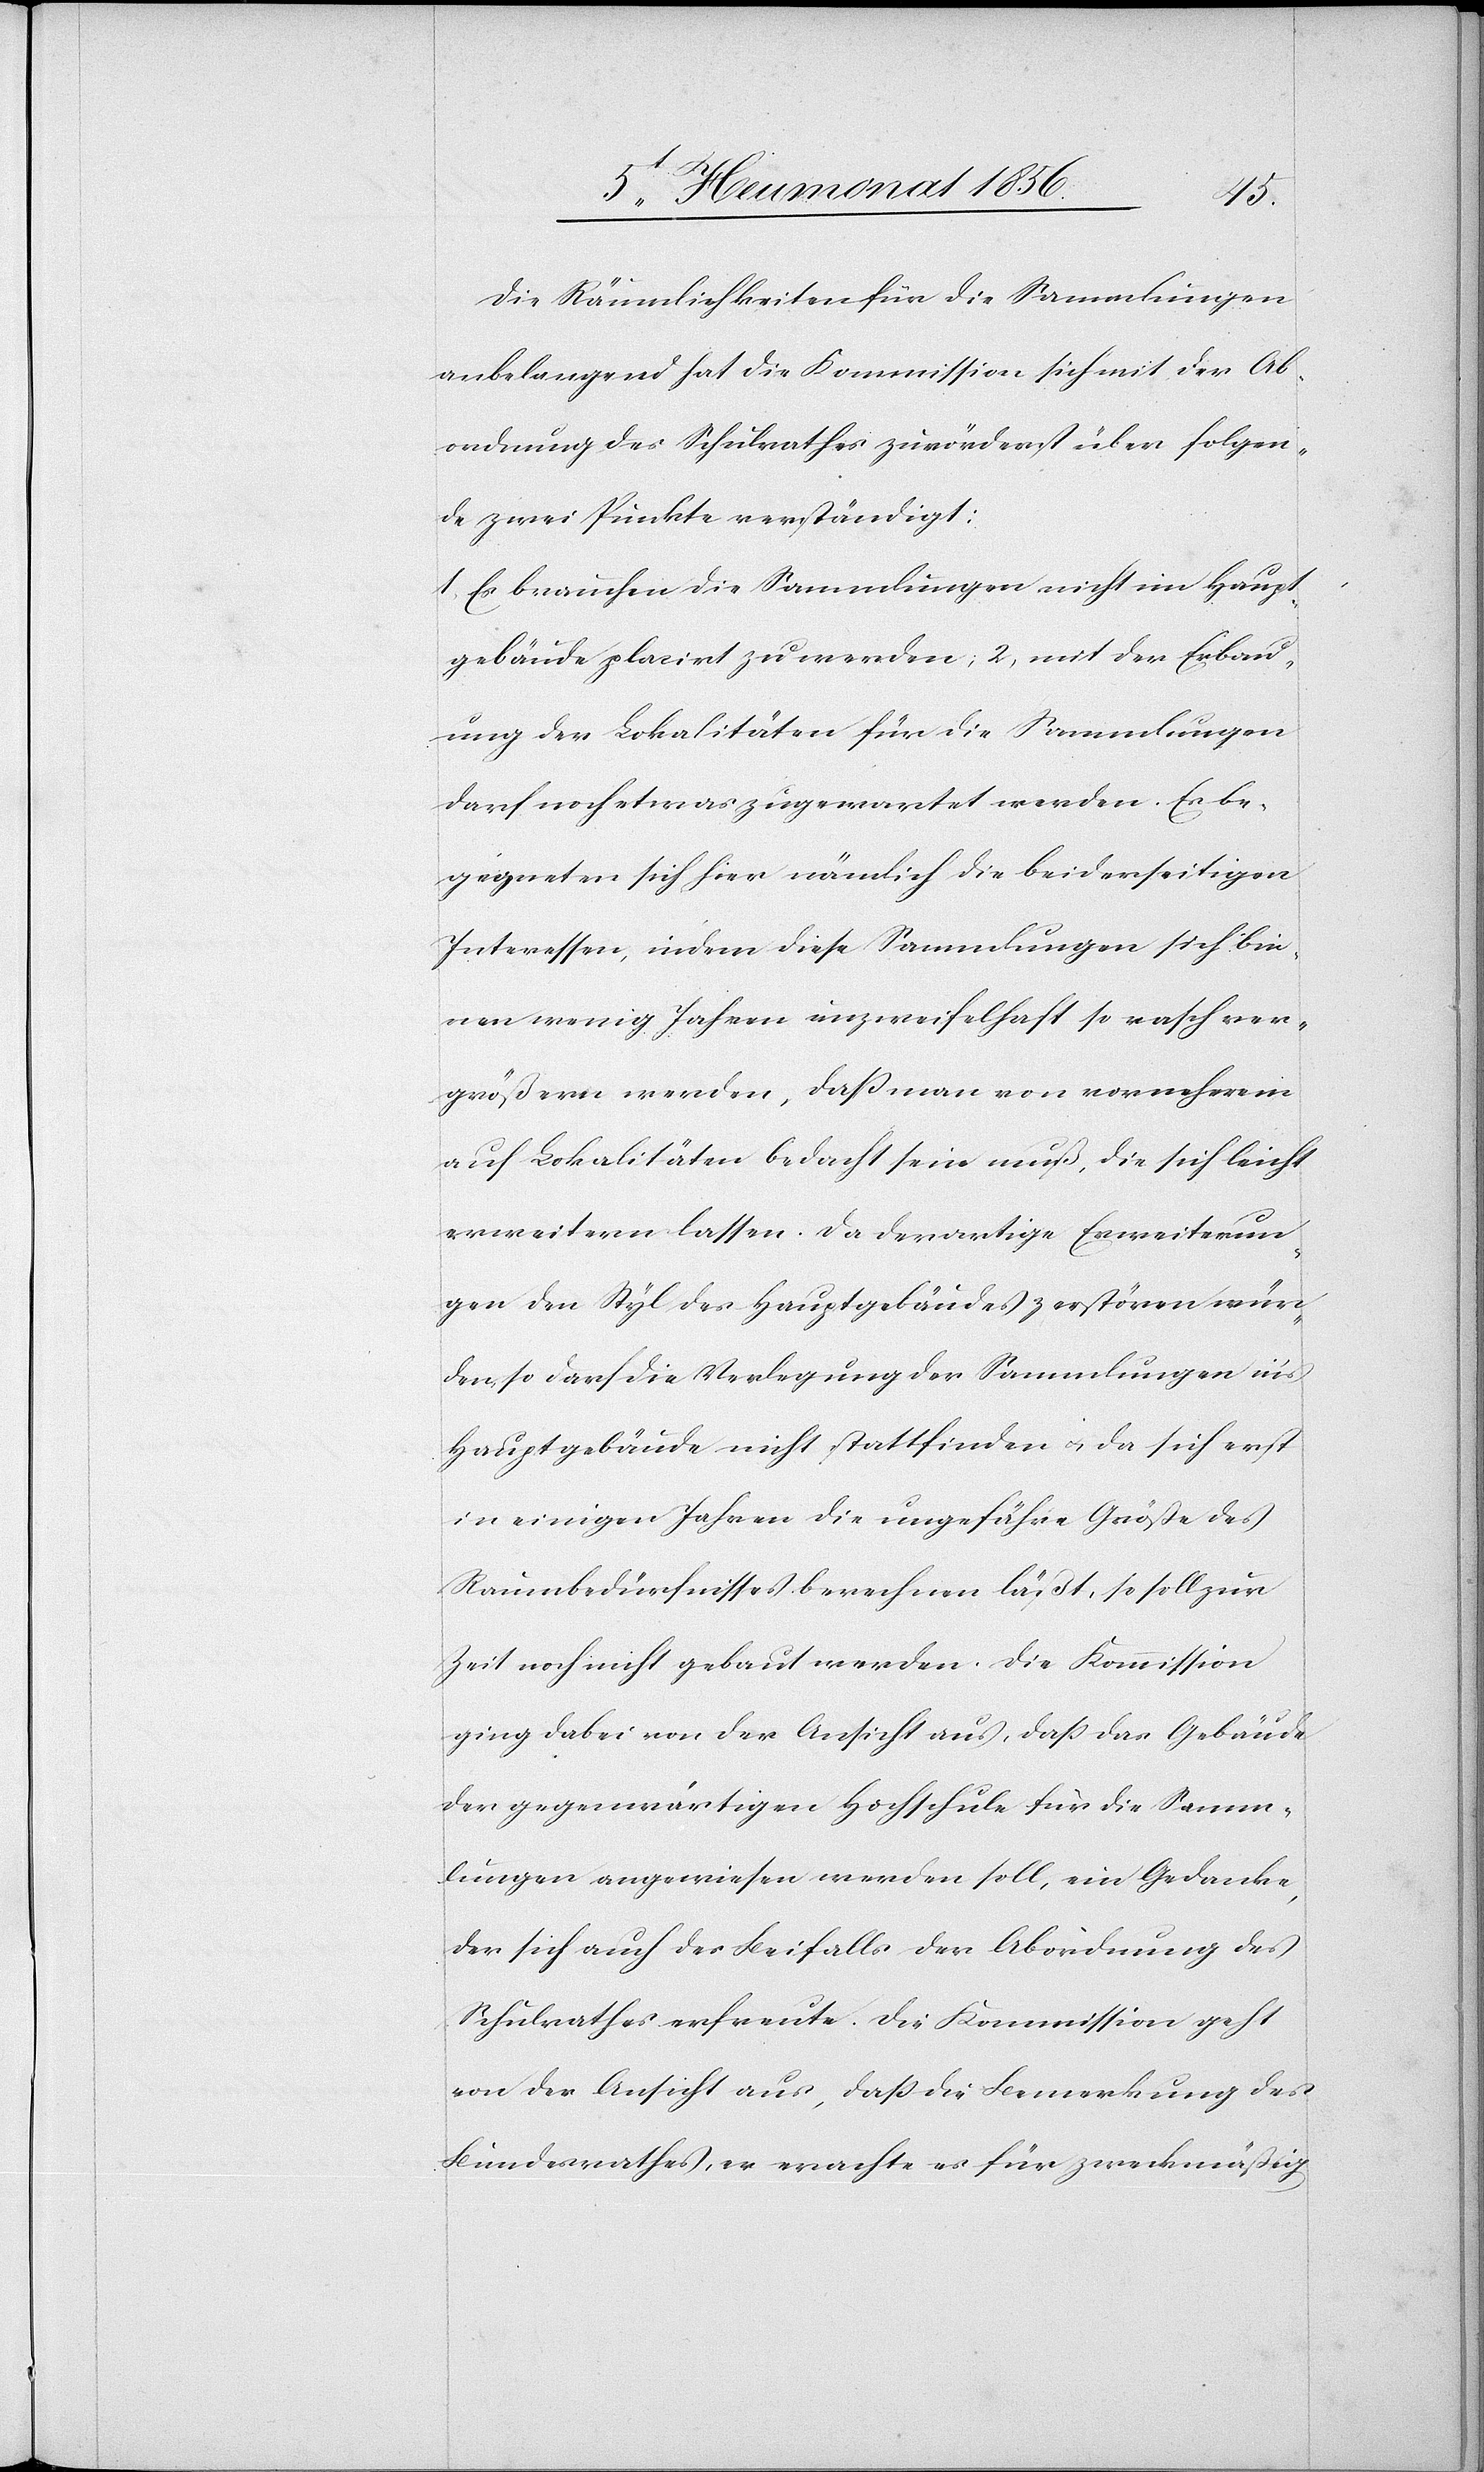
Die Räumlichkeiten für die Sammlungen
anbelangend hat die Kommission sich mit der Ab¬
ordnung des Schulrathes zuvörderst über folgen¬
de zwei Punkte verständigt:
1. Es brauchen die Sammlungen nicht im Haupt¬
gebäude plazirt zu werden; 2. mit der Erbau¬
ung der Lokalitäten für die Sammlungen
darf noch etwas zugewartet werden. Es be¬
gegneten sich hier nämlich die beiderseitigen
Interessen, indem diese Sammlungen sich bin¬
nen wenig Jahren unzweifelhaft so rasch ver¬
größern werden, dass man von vorneherein
auf Lokalitäten bedacht sein muß, die sich leicht
erweitern lassen. Da derartige Erweiterun¬
gen den Styl des Hauptgebäudes zerstören wür¬
den, so darf die Verlegung der Sammlungen in's
Hauptgebäude nicht stattfinden u. da sich erst
in einigen Jahren die ungefähre Größe des
Raumbedürfnisses berechnen läßt, so soll zur
Zeit noch nicht gebaut werden. Die Kommission
ging dabei von der Ansicht aus, dass das Gebäude
der gegenwärtigen Hochschule für die Samm¬
lungen angewiesen werden soll, ein Gedanke,
der sich auch des Beifalls der Abordnung des
Schulrathes erfreute. Die Kommission geht
von der Ansicht aus, dass die Bemerkung des
Bundesrathes, er erachte es für zweckmäßig